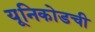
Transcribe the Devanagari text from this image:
यूनिकोडची